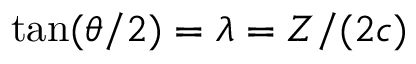
\tan ( \theta / 2 ) = \ensuremath { \lambda } = Z / ( 2 c )